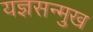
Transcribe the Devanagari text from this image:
यज्ञसन्मुख